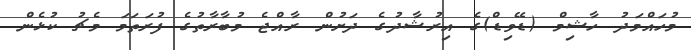
މުހައްމަދު ހާޝިމް (ޑޭވިޑް)ގެ އިރުޝާދުގެ ދަށުން ރާއްޖެ މުބާރާތުގެ ފުރަތަމަ މެޗު ކުޅެން